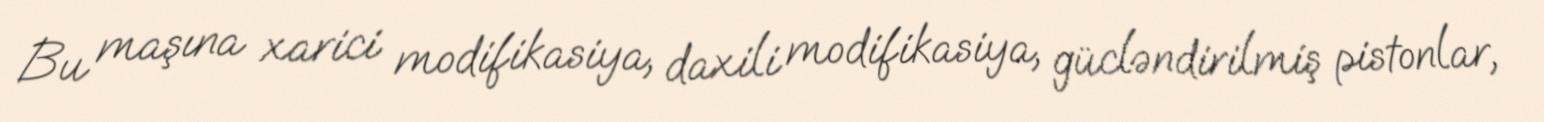
Bu maşına xarici modifikasiya, daxili modifikasiya, gücləndirilmiş pistonlar,